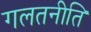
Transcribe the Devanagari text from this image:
गलतनीति